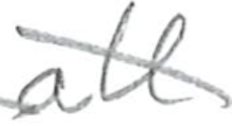
Text: all
Cross-out: diagonal
Writing tool: pencil